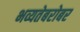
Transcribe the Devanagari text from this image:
भव्यतेबरोबर